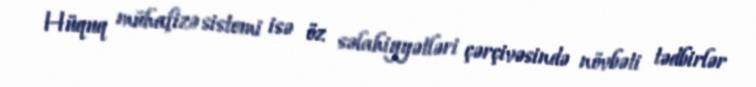
Hüquq mühafizə sistemi isə öz səlahiyyətləri çərçivəsində növbəti tədbirlər